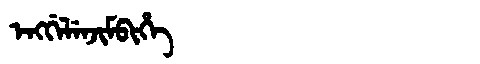
Manchu: ᡝᠩᡤᡝᠯᡝᠨᠵᡳᠮᠪᡳᡥᡝ
Romanization: ENGGELENJIMBIHE